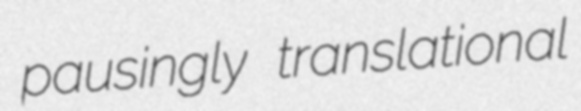
pausingly translational